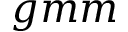
g m m